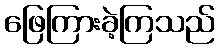
ဖြေကြားခဲ့ကြသည်